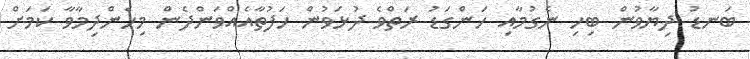
ބަނޑު ދިޔާވުން ބިހި ނެގުމާއި ހަންގަޑު ރަތްވެ ދުޅަވުން ހަފުތާއެއްވަންދެން މިހެންދިމާވާ ކަމަށް